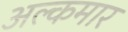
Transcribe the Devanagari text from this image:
अल्कमार